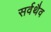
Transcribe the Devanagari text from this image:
सर्वथैव